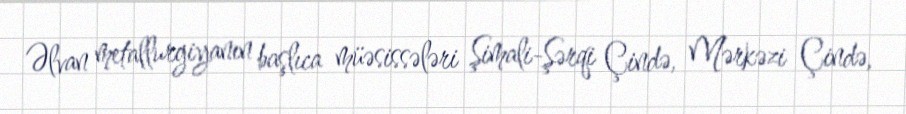
Əlvan metallurgiyanın başlıca müəsissələri Şimali-Şərqi Çində, Mərkəzi Çində,